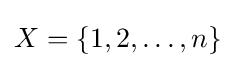
X=\{1,2,\ldots ,n\}